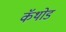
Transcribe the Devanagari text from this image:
कॅथोड